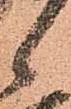
候